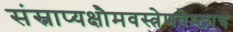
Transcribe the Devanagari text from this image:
संस्नाप्यक्षौमवस्त्रेणवेष्ट्यच